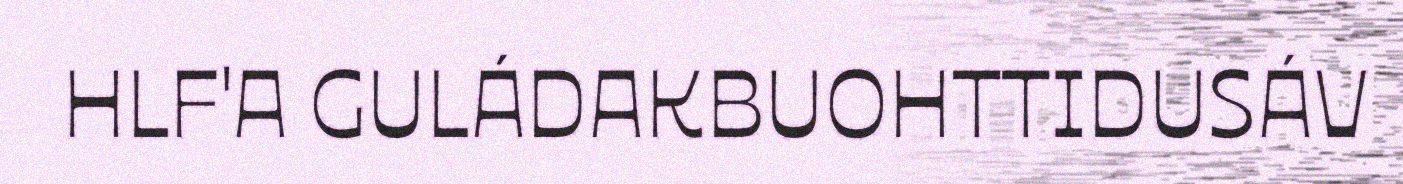
HLF'A GULÁDAKBUOHTTIDUSÁV